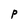
Character: P